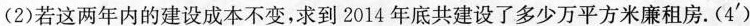
(2)若这两年内的建设成本不变，求到2014年底共建设了多少万平方米廉租房。(4')